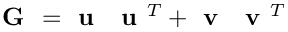
\textbf { G } = \textbf { u } \ \textbf { u } ^ { T } + \textbf { v } \ \textbf { v } ^ { T }